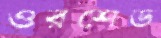
ওরশেড